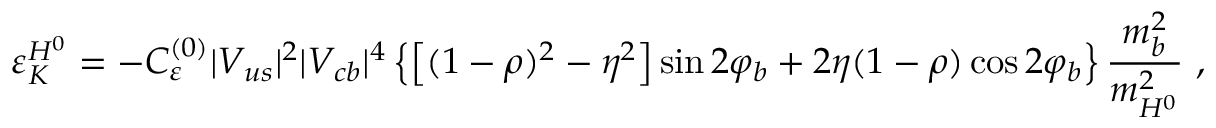
\varepsilon _ { K } ^ { H ^ { 0 } } = - C _ { \varepsilon } ^ { ( 0 ) } | V _ { u s } | ^ { 2 } | V _ { c b } | ^ { 4 } \left\{ \left[ ( 1 - \rho ) ^ { 2 } - \eta ^ { 2 } \right] \sin 2 \varphi _ { b } + 2 \eta ( 1 - \rho ) \cos 2 \varphi _ { b } \right\} \frac { m _ { b } ^ { 2 } } { m _ { H ^ { 0 } } ^ { 2 } } \ ,